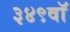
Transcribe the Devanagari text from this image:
३४९वॉ